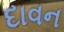
દાવન